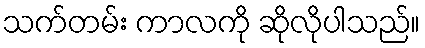
သက်တမ်း ကာလကို ဆိုလိုပါသည်။